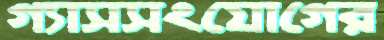
গ্যাসসংযোগের